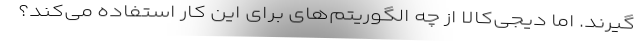
گیرند. اما دیجی‌کالا از چه الگوریتم‌های برای این کار استفاده می‌کند؟